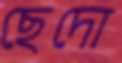
ছেদো